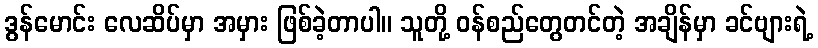
ဒွန်မောင်း လေဆိပ်မှာ အမှား ဖြစ်ခဲ့တာပါ။ သူတို့ ဝန်စည်တွေတင်တဲ့ အချိန်မှာ ခင်ဗျားရဲ့